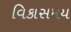
વિકાસમય